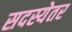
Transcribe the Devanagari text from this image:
सदस्येतर